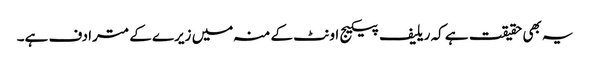
یہ بھی حقیقت ہے کہ ریلیف پیکیج اونٹ کے منہ میں زیرے کے مترادف ہے۔